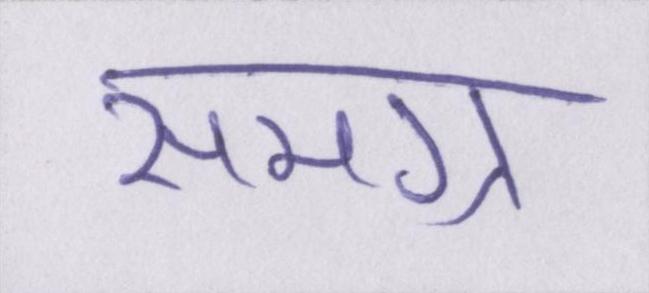
समग्र